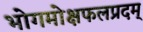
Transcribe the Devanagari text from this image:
भोगमोक्षफलप्रदम्